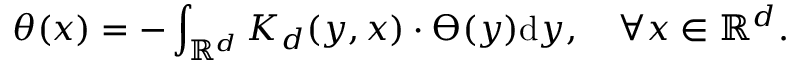
\theta ( x ) = - \int _ { \mathbb { R } ^ { d } } K _ { d } ( y , x ) \cdot \varTheta ( y ) \mathrm { d } y , \quad \forall x \in \mathbb { R } ^ { d } .